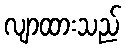
လျာထားသည်